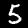
Label: 5